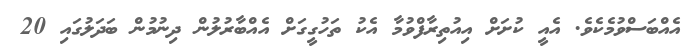
އެއްބަސްވުމެކެވެ. އެއީ ކުށަށް އިއުތިރާފްވުމާ އެކު ތަހުގީގަށް އެއްބާރުލުން ދިނުމުން ބަދަލުގައި 20